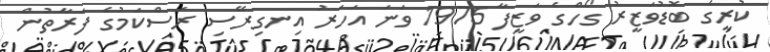
ކުރީގެ ބޮޑުވަޒީރު ގޯހްގެ ވަޒީފާ 1975 ވަނަ އަހަރު އިނގިރޭސި ރަސްކަމުގެ ފަރާތުން